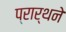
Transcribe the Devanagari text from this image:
प्रार्थने